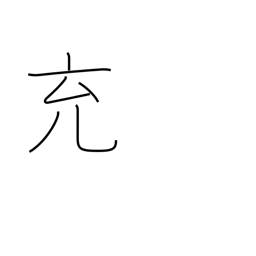
Meaning: fill